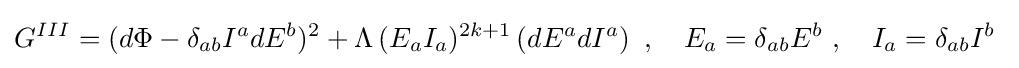
G^{III}=(d\Phi -\delta _{ab}I^{a}dE^{b})^{2}+\Lambda \,(E_{a}I_{a})^{2k+1}\left(dE^{a}dI^{a}\right)\ ,\quad E_{a}=\delta _{ab}E^{b}\ ,\quad I_{a}=\delta _{ab}I^{b}\